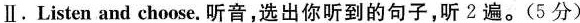
Ⅱ.Listen and choose. 听音,选出你听到的句子,听 2遍.(5 分)